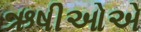
ઋષીઓએ